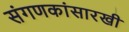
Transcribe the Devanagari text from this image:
संगणकांसारखी